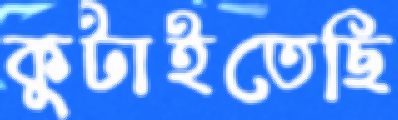
কুটাইতেছি